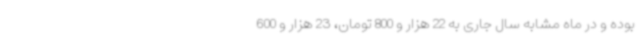
بوده و در ماه مشابه سال جاری به 22 هزار و 800 تومان، 23 هزار و 600